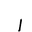
Letter: _alif